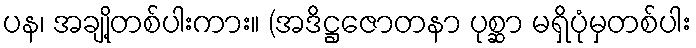
ပန၊ အချို့တစ်ပါးကား။ (အဒိဋ္ဌဇောတနာ ပုစ္ဆာ မရှိပုံမှတစ်ပါး